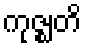
ကုဇ္ဈတိ